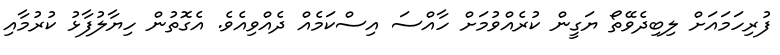
ފުރިހަމައަށް ލިބިދެވޭތޯ ޔަގީން ކުރެއްވުމަށް ހާއްސަ އިސްކަމެއް ދެއްވިއެވެ. އެގޮތުން ހިޔާލުފާޅު ކުރުމާއި